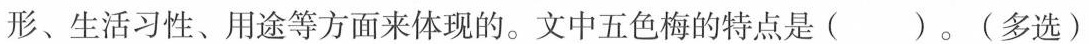
形、生活习性、用途等方面来体现的。文中五色梅的特点是( )。(多选)